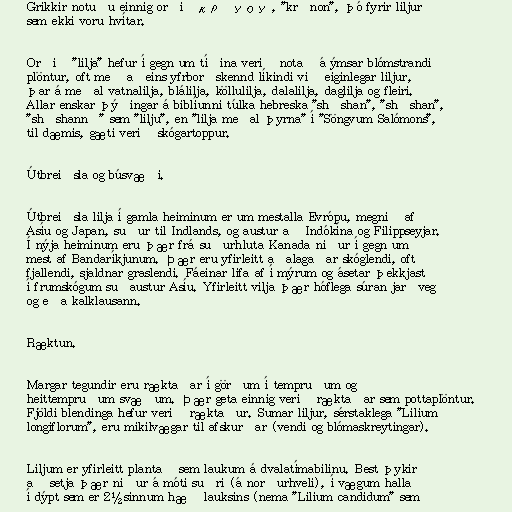
Grikkir notuðu einnig orðið κρῖνον, "krīnon", þó fyrir liljur
sem ekki voru hvítar.

Orðið "lilja" hefur í gegn um tíðina verið notað á ýmsar blómstrandi
plöntur, oft með aðeins yfrborðskennd líkindi við eiginlegar liljur,
þar á meðal vatnalilja, blálilja, köllulilja, dalalilja, daglilja og fleiri.
Allar enskar þýðingar á biblíunni túlka hebreska "shūshan", "shōshan",
"shōshannā" sem "lilju", en "lilja meðal þyrna" í "Söngvum Salómons",
til dæmis, gæti verið skógartoppur.

Útbreiðsla og búsvæði.

Útbreiðsla lilja í gamla heiminum er um mestalla Evrópu, megnið af
Asíu og Japan, suður til Indlands, og austur að Indókína og Filippseyjar.
Í nýja heiminum eru þær frá suðurhluta Kanada niður í gegn um
mest af Bandaríkjunum. Þær eru yfirleitt aðalagaðar skóglendi, oft
fjallendi, sjaldnar graslendi. Fáeinar lifa af í mýrum og ásetar þekkjast
í frumskógum suðaustur Asíu. Yfirleitt vilja þær hóflega súran jarðveg
og eða kalklausann.

Ræktun.

Margar tegundir eru ræktaðar í görðum í tempruðum og
heittempruðum svæðum. Þær geta einnig verið ræktaðar sem pottaplöntur.
Fjöldi blendinga hefur verið ræktaður. Sumar liljur, sérstaklega "Lilium
longiflorum", eru mikilvægar til afskurðar (vendi og blómaskreytingar).

Liljum er yfirleitt plantað sem laukum á dvalatímabilinu. Best þykir
að setja þær niður á móti suðri (á norðurhveli), í vægum halla
í dýpt sem er 2½sinnum hæð lauksins (nema "Lilium candidum" sem